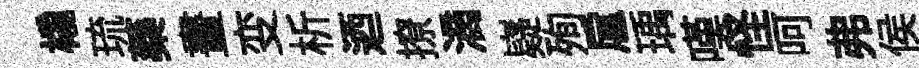
橇琉藥晝变析迺撩滴嶷殉扈瑀嘆怪呵弗侯